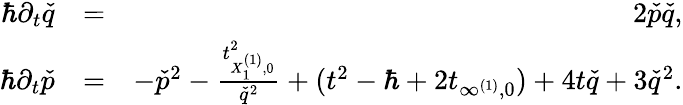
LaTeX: \begin{array}{rlr}{\hbar\partial_{t}\check{q}}&{=}&{2\check{p}\check{q},}\\ {\hbar\partial_{t}\check{p}}&{=}&{-\check{p}^{2}-\frac{t_{X_{1}^{(1)},0}^{2}}{\check{q}^{2}}+(t^{2}-\hbar+2t_{\infty^{(1)},0})+4t\check{q}+3\check{q}^{2}.}\end{array}